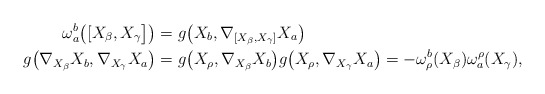
\begin{align*}\omega_{a}^{b} \big{(} [X_{\beta}, X_{\gamma} \big{]} \big{)} &= g\big{(} X_b, \nabla_{[X_{\beta}, X_{\gamma}]}X_a \big{)}\\g \big{(} \nabla_{X_{\beta}}X_b, \nabla_{X_{\gamma}}X_a \big{)}&=g \big{(} X_{\rho} ,\nabla_{X_{\beta}}X_b\big{)} g\big{(} X_{\rho},\nabla_{X_{\gamma}}X_a \big{)}= -\omega^{b}_{\rho}(X_{\beta}) \omega_{a}^{\rho}(X_{\gamma}),\end{align*}